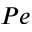
P e